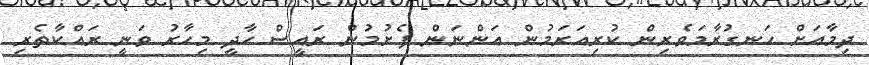
ދިމާއަށް ހަނގުރާމަވެރިން ކުރިއަރަމުން އަންނަން ފެށުމުން ރައީސް ހާދީ މިހާރު ވަނީ ރައްކާތެރި